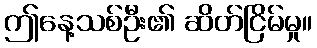
ဤနေ့သစ်ဦး၏ ဆိတ်ငြိမ်မှု။